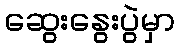
ဆွေးနွေးပွဲမှာ